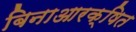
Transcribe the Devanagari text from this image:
बिनाआरक्षित